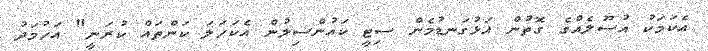
އެކަމަކު އުސޫލެއްގެ ގޮތުން އަޅުގަނޑުމެން ސިޓީ ކައުންސިލުން އެކަހަލަ ކަންތައް ކުރަނީ" އަހުމަދު